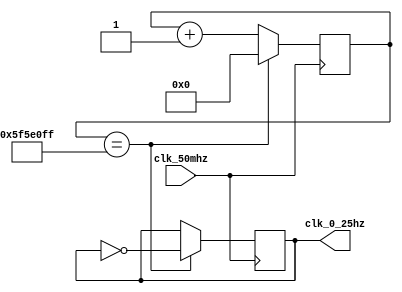
module clk_0_25hz (
	 input clk_50mhz,
    output reg clk_0_25hz
);

reg [27:0] counter = 0;

always @(posedge clk_50mhz) begin
    if (counter == 99999999) begin
        counter <= 0;
        clk_0_25hz <= ~clk_0_25hz;
    end
    else begin
        counter <= counter + 1;
    end
end

endmodule